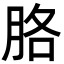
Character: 胳